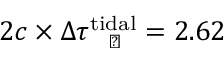
2 c \times \Delta \tau _ { \mathrm { ~ \normalfont ~ \leftmoon ~ } } ^ { \mathrm { t i d a l } } = 2 . 6 2